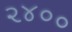
૨૪૦૦